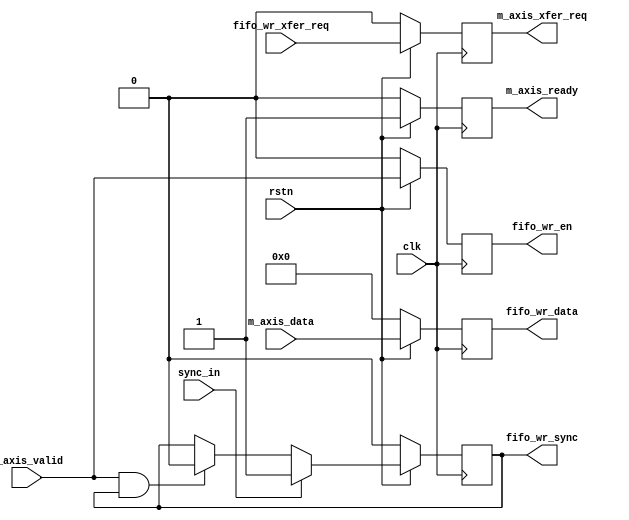
// ***************************************************************************
// ***************************************************************************
// Copyright 2013(c) Analog Devices, Inc.
//
// All rights reserved.
//
// Redistribution and use in source and binary forms, with or without modification,
// are permitted provided that the following conditions are met:
//     - Redistributions of source code must retain the above copyright
//       notice, this list of conditions and the following disclaimer.
//     - Redistributions in binary form must reproduce the above copyright
//       notice, this list of conditions and the following disclaimer in
//       the documentation and/or other materials provided with the
//       distribution.
//     - Neither the name of Analog Devices, Inc. nor the names of its
//       contributors may be used to endorse or promote products derived
//       from this software without specific prior written permission.
//     - The use of this software may or may not infringe the patent rights
//       of one or more patent holders.  This license does not release you
//       from the requirement that you obtain separate licenses from these
//       patent holders to use this software.
//     - Use of the software either in source or binary form, must be run
//       on or directly connected to an Analog Devices Inc. component.
//
// THIS SOFTWARE IS PROVIDED BY ANALOG DEVICES "AS IS" AND ANY EXPRESS OR IMPLIED WARRANTIES,
// INCLUDING, BUT NOT LIMITED TO, NON-INFRINGEMENT, MERCHANTABILITY AND FITNESS FOR A
// PARTICULAR PURPOSE ARE DISCLAIMED.
//
// IN NO EVENT SHALL ANALOG DEVICES BE LIABLE FOR ANY DIRECT, INDIRECT, INCIDENTAL, SPECIAL,
// EXEMPLARY, OR CONSEQUENTIAL DAMAGES (INCLUDING, BUT NOT LIMITED TO, INTELLECTUAL PROPERTY
// RIGHTS, PROCUREMENT OF SUBSTITUTE GOODS OR SERVICES; LOSS OF USE, DATA, OR PROFITS; OR
// BUSINESS INTERRUPTION) HOWEVER CAUSED AND ON ANY THEORY OF LIABILITY, WHETHER IN CONTRACT,
// STRICT LIABILITY, OR TORT (INCLUDING NEGLIGENCE OR OTHERWISE) ARISING IN ANY WAY OUT OF
// THE USE OF THIS SOFTWARE, EVEN IF ADVISED OF THE POSSIBILITY OF SUCH DAMAGE.
// ***************************************************************************
// ***************************************************************************
// ***************************************************************************
// ***************************************************************************

`timescale 1ns/100ps

module axi_ad7616_maxis2wrfifo (

  clk,
  rstn,
  sync_in,

  // m_axis interface

  m_axis_data,
  m_axis_ready,
  m_axis_valid,
  m_axis_xfer_req,

  // write fifo interface

  fifo_wr_en,
  fifo_wr_data,
  fifo_wr_sync,
  fifo_wr_xfer_req

);

  parameter   DATA_WIDTH = 16;

  input                     clk;
  input                     rstn;
  input                     sync_in;

  input  [DATA_WIDTH-1:0]   m_axis_data;
  output                    m_axis_ready;
  input                     m_axis_valid;
  output                    m_axis_xfer_req;

  output                    fifo_wr_en;
  output [DATA_WIDTH-1:0]   fifo_wr_data;
  output                    fifo_wr_sync;
  input                     fifo_wr_xfer_req;

  reg                       m_axis_ready = 1'b0;
  reg                       m_axis_xfer_req = 1'b0;
  reg                       fifo_wr_en = 1'b0;
  reg    [DATA_WIDTH-1:0]   fifo_wr_data = 'b0;
  reg                       fifo_wr_sync = 1'b0;

  always @(posedge clk) begin
    if (rstn == 1'b0) begin
      m_axis_ready <= 1'b0;
      m_axis_xfer_req <= 1'b0;
      fifo_wr_data <= 'b0;
      fifo_wr_en <= 1'b0;
      fifo_wr_sync <= 1'b0;
    end else begin
      m_axis_ready <= 1'b1;
      m_axis_xfer_req <= fifo_wr_xfer_req;
      fifo_wr_data <= m_axis_data;
      fifo_wr_en <= m_axis_valid;
      if (sync_in == 1'b1) begin
        fifo_wr_sync <= 1'b1;
      end else if ((m_axis_valid == 1'b1) &&
                   (fifo_wr_sync == 1'b1)) begin
        fifo_wr_sync <= 1'b0;
      end
    end
  end

endmodule